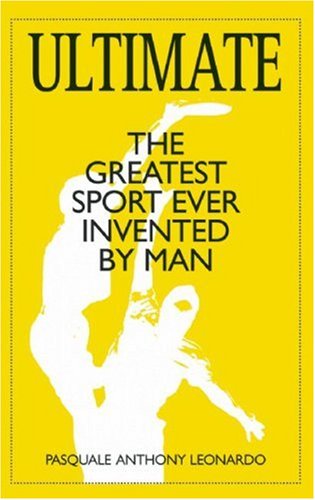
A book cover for Ultimate: The Greatest Sport Ever Invented by Man; Pasquale Anthony Leonardo; Sports & Outdoors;